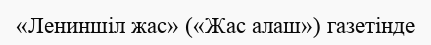
«Лениншіл жас» («Жас алаш») газетінде